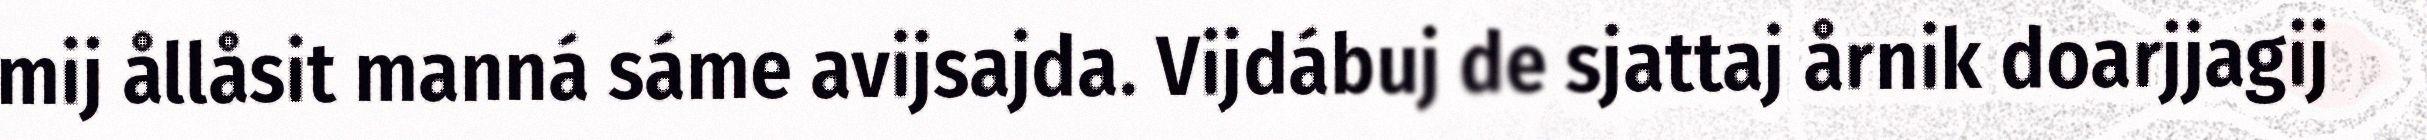
mij ållåsit manná sáme avijsajda. Vijdábuj de sjattaj årnik doarjjagij